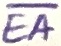
Text: EA